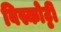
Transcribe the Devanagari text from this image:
बिस्कोट्टी